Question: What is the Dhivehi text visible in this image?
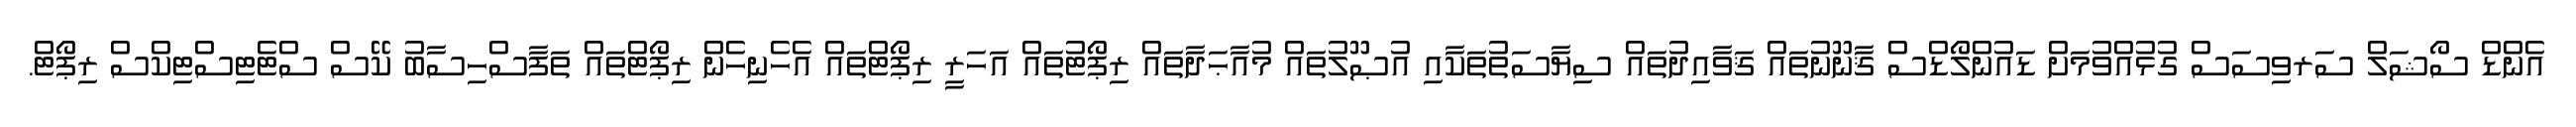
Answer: އެންޑް ސޯޝަލް ސަރވިސަސް ގުޅުއްވުމަށް ޑައުންލޯޑްސް ޤާނޫނުތައް ޤަވާއިދުތައް ސިޔާސަތުތަކާއި އުޞޫލުތައް މުއާޙަދާތައް ރިޕޯޓުތައް އަހަރީ ރިޕޯޓްތައް އެހެނިހެން ރިޕޯޓްތައް ތަފާސްހިސާބު ކޭސް ސްޓެޓިސްޓިކްސް ރިޕޯޓް.